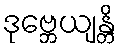
ဒုဗ္ဘေယျန္တိ